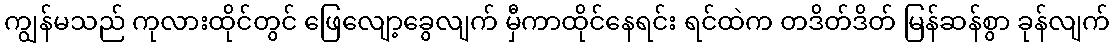
ကျွန်မသည် ကုလားထိုင်တွင် ဖြေလျော့ခွေလျက် မှီကာထိုင်နေရင်း ရင်ထဲက တဒိတ်ဒိတ် မြန်ဆန်စွာ ခုန်လျက်